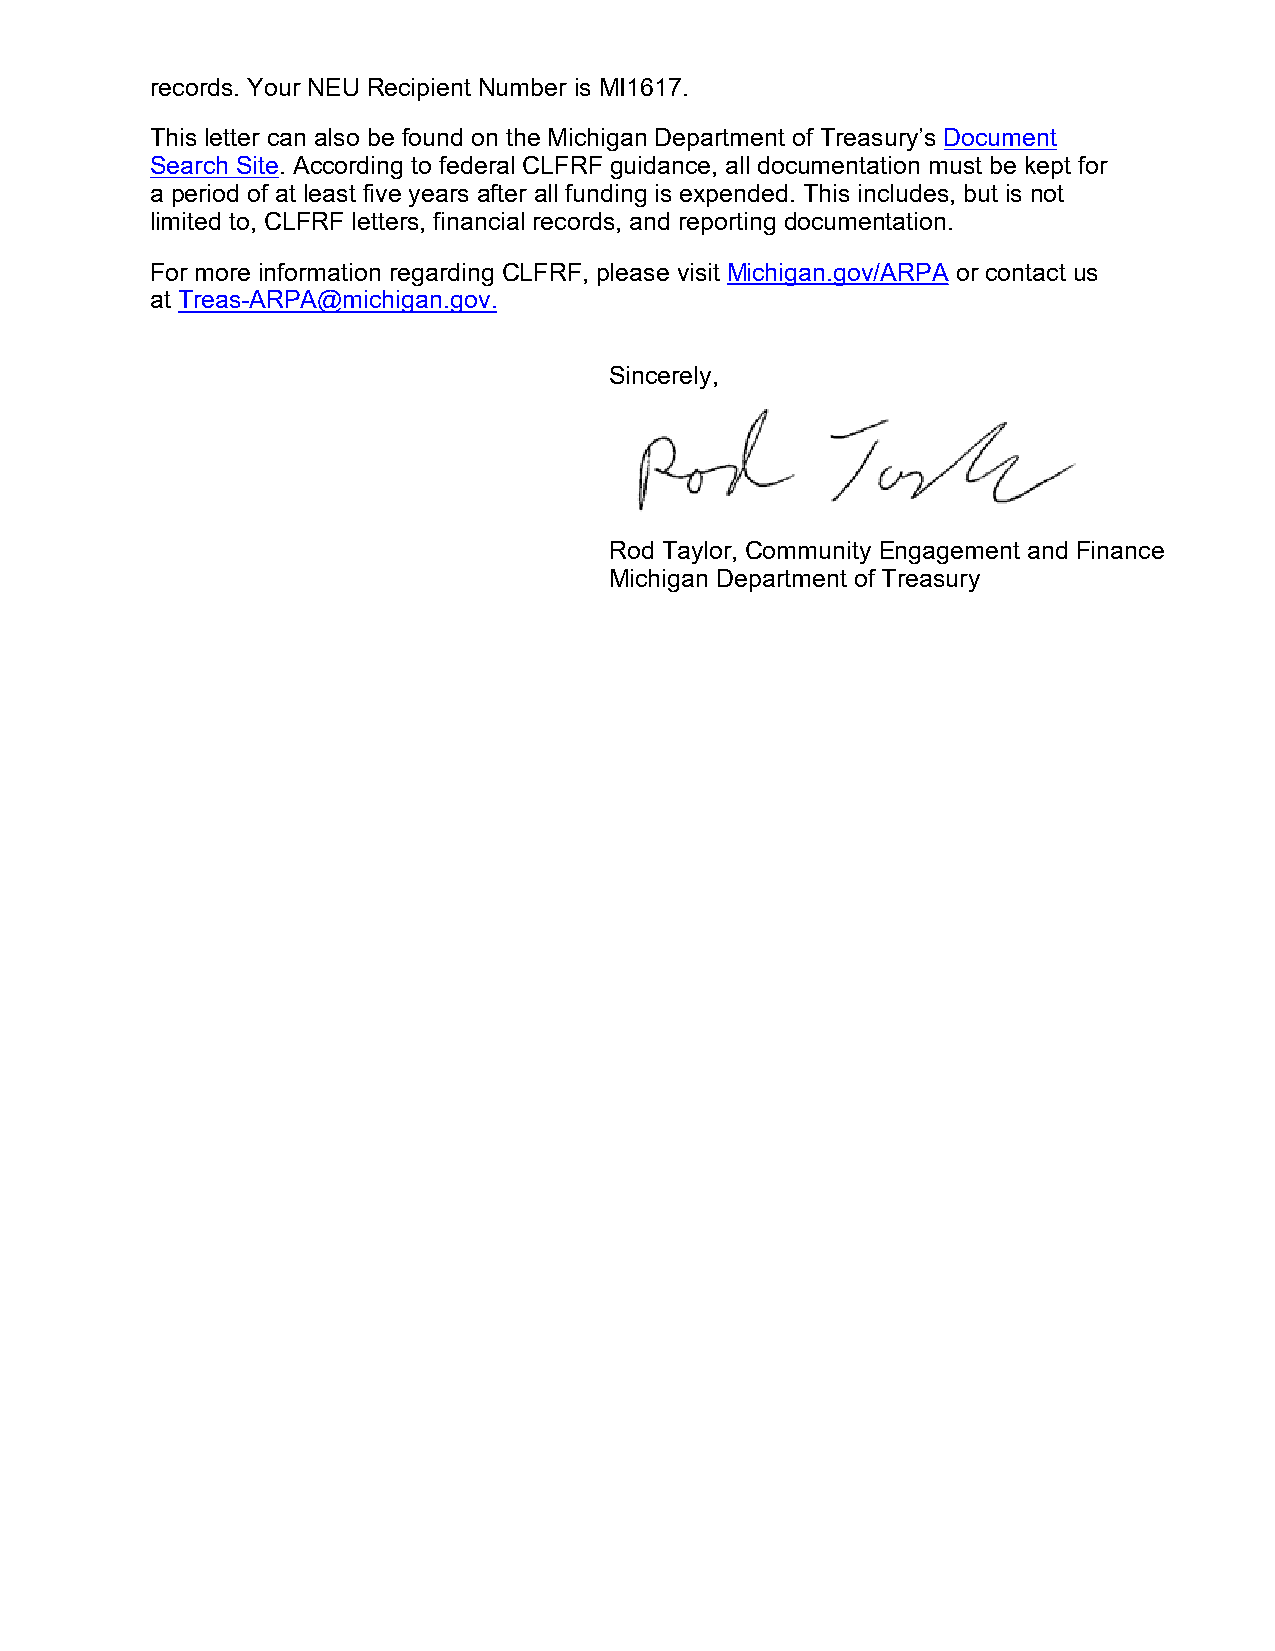
records. Your NEU Recipient Number is MI1617.
 This letter can also be found on the Michigan Department of Treasury’s Document
 Search Site. According to federal CLFRF guidance, all documentation must be kept for
 a period of at least five years after all funding is expended. This includes, but is not
 limited to, CLFRF letters, financial records, and reporting documentation.
 For more information regarding CLFRF, please visit Michigan.gov/ARPA or contact us
 at Treas-ARPA@michigan.gov.
 Sincerely,
 Rod Taylor, Community Engagement and Finance
 Michigan Department of Treasury